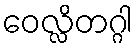
ဝေလ္လိတဂ္ဂါ